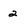
Character: 2